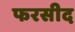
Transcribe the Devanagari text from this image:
फरसीद